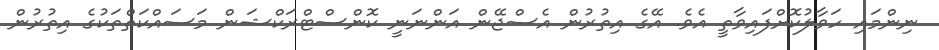
ނިންމައި ހަވާލުކޮށްފައިވާތީ އެވެ. އޭގެ އިތުރުން އެސްޖޭން އަންނަނީ ކޮންސްޓްރަކްޝަން މަސައްކަތްތަކުގެ އިތުރުން